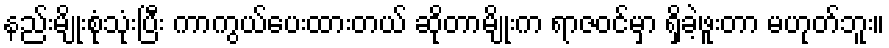
နည်းမျိုးစုံသုံးပြီး ကာကွယ်ပေးထားတယ် ဆိုတာမျိုးက ရာဇဝင်မှာ ရှိခဲ့ဖူးတာ မဟုတ်ဘူး။